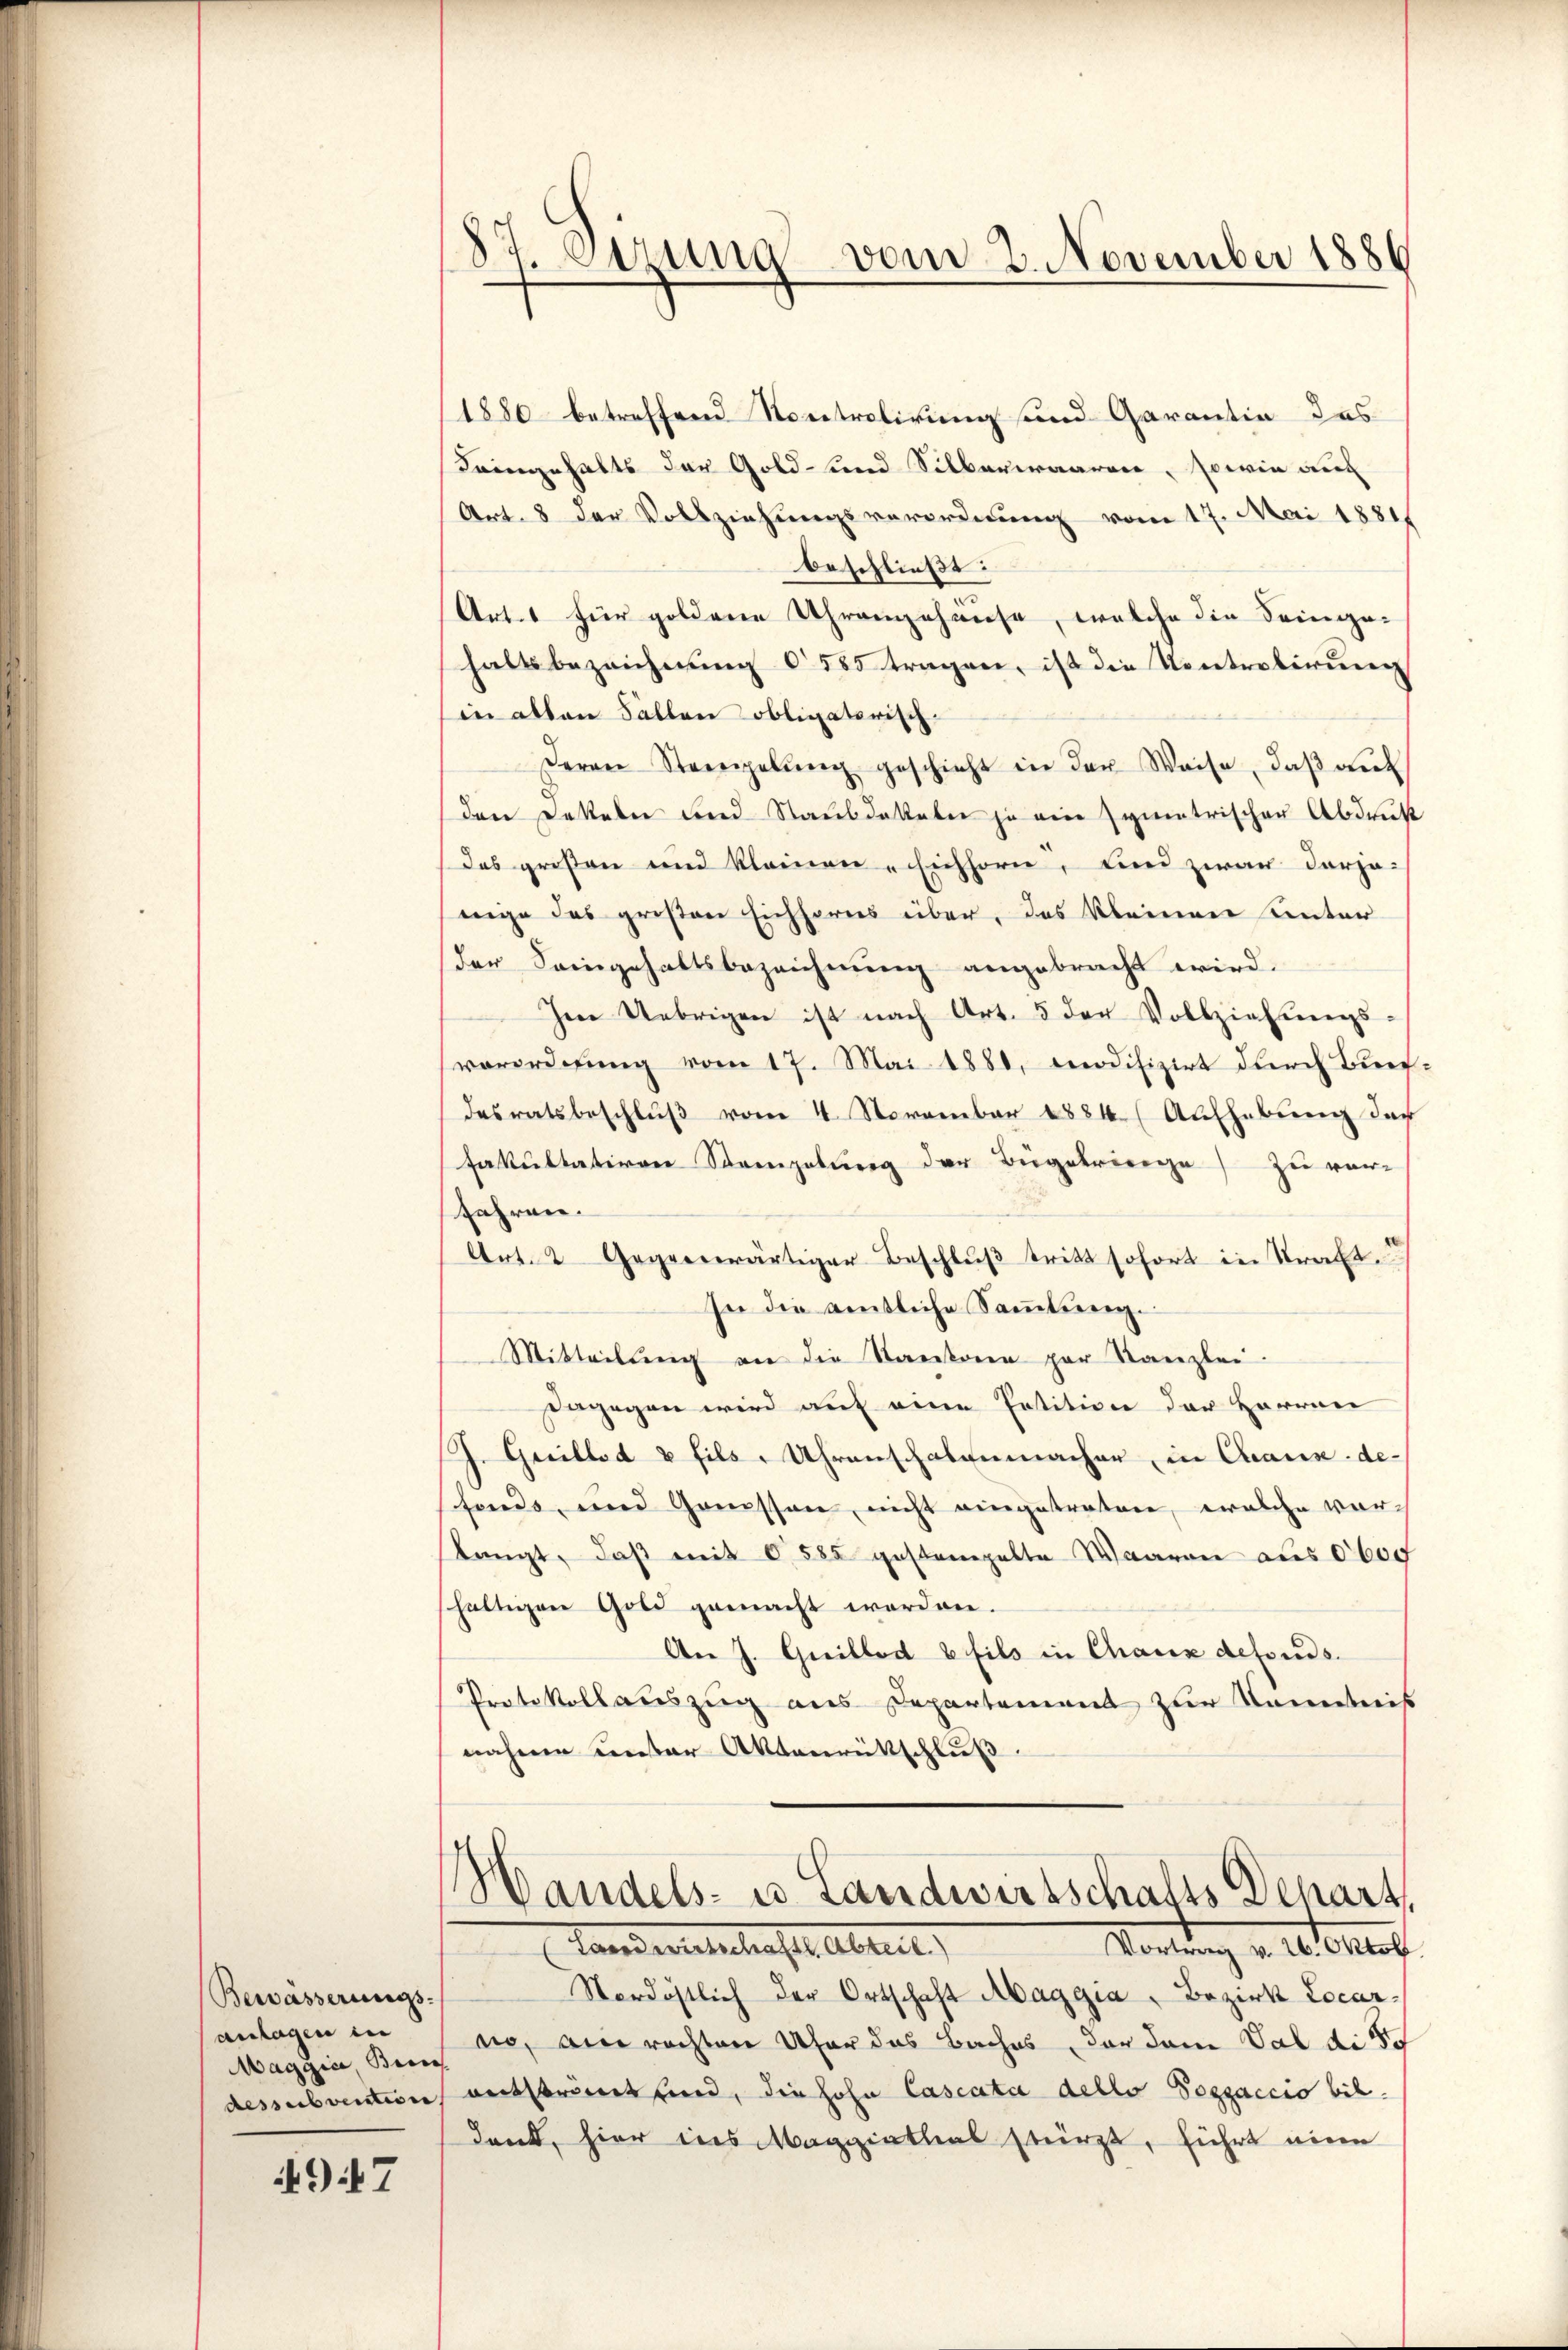
Bewässerungs-
anlagen in
Maggia Berne
dessubvention

947

85 derung vom 2. November 1886

1880 betreffend Kontrolirung und Garantin das
Dringehalts der Gold- und Silberwaaren, sowie auc
Art. 8 der Vollziehungsverordnung vom 17. Mai 1881
beschließt:
Art. 1 für goldene Uhrengehause, welche die Seinge-
haltsbezeichnung 585 tragen, ist die Kontretirung
in allen Fällen obligatorisch
Deren Strengelŭng geschieht in der Weise, daβ an
den Dokalen und Staubdakale ja ein symetrischen Abdrukt
Das großen und kleinen Eichhorn, und zwar darja-
nige des großen Eichhorns über, das kleinen unter
der Seingehaltsbezeichnung angebracht wird.
Im Uebrigen ist nach Art. 5 der Vollziehŭngs-
verordnung vom 17. Mai 1881, modifizirt durch Buerdesratsbeschluß vom 4. November 1884 (Aufhebung der
Fakultativen Stempelung der Bügekriege zu ver-
fahren.
Art. 2 Gegenwärtiger Beschlŭβ tritt sofort in Straft.
In die amtliche Sammlung.
Mitteilung an die Kantone par Kanzlei-
Dagegen wird auf eine Petition der Herrner
J. Guillad & fils - Uhrenschalenmacher in Chaux-de-
fonds, und Genossen, nicht eingetraten, welche vorslangt, daß mit 0585 gestempelte Waaren aus 000
shaltigen Gold gemacht worden.
An J. Guillod b fils in Chaux defonds.
Protokollauszug aus Departement zur Kenntniß
nahme unter Aktenrütschluß.

Handels- u Landwirtschafts Depart,
Landertelschaft. Abteil
Vortrag v. 26. Oktob.

Nordöstlich der Ortschaft Abaggia, Bezirk Locar-
no, ain rechten Ufer das Baches, der dem Val d. 5
entströmt sind, die hohe Cascata dello Pozzaccio bil
Dank, hier ins Maggiathal stürzt, führt eine